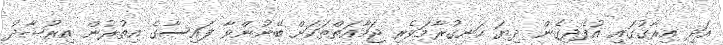
އަދި އިރާގުގައި އުފެދިގެން ދިޔަ ހަނގުރާމަވެރި ޖަމާއަތްތަކަށް ބޭނުންވާ ފައިސާގެ އިތުރުން އިރުޝާދު